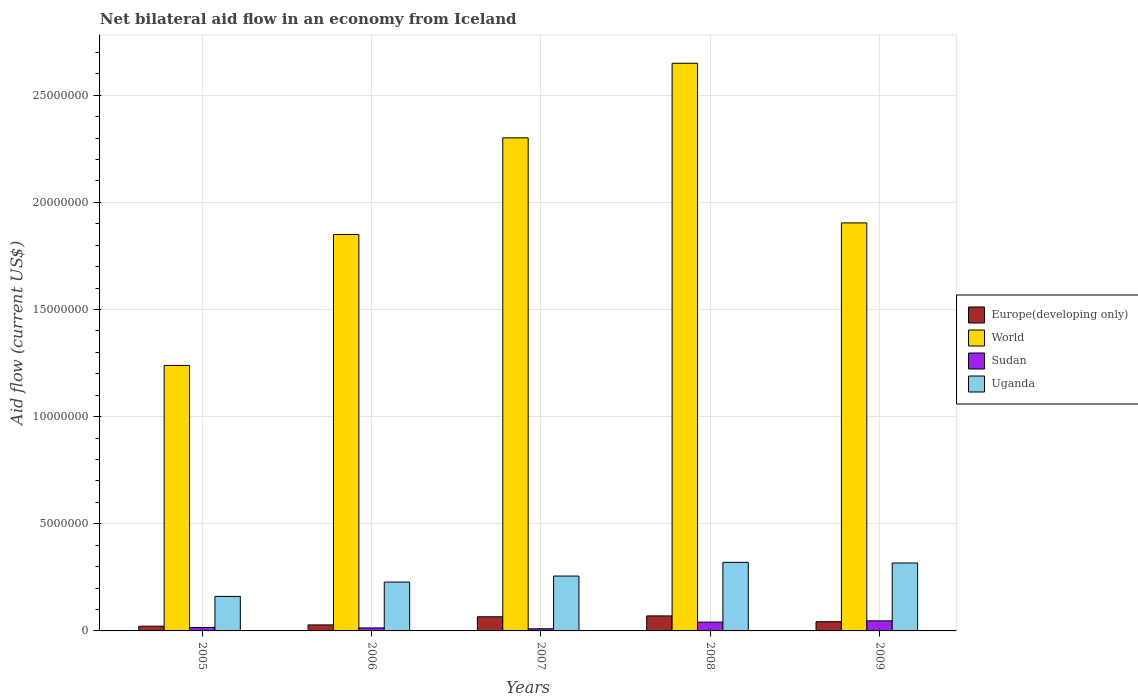
| Years | Europe(developing only) | World | Sudan | Uganda |
 | --- | --- | --- | --- | --- |
 | 2005 | 2.2e+05 | 1.24e+07 | 1.6e+05 | 1.61e+06 |
 | 2006 | 2.8e+05 | 1.85e+07 | 1.4e+05 | 2.28e+06 |
 | 2007 | 6.6e+05 | 2.3e+07 | 1e+05 | 2.56e+06 |
 | 2008 | 7e+05 | 2.65e+07 | 4.1e+05 | 3.2e+06 |
 | 2009 | 4.3e+05 | 1.9e+07 | 4.7e+05 | 3.17e+06 |